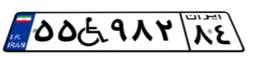
۲۸W۱۵۳۴۸